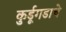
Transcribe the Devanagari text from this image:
कुर्डूगडाचे